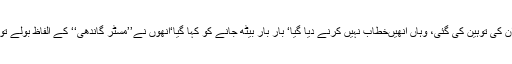
مثلاً ناگپور اجلاس میں ان کی توہین کی گئی، وہاں انھیںخطاب نہیں کرنے دیا گیا‘ بار بار بیٹھ جانے کو کہا گیا‘انھوں نے’’مسٹر گاندھی‘‘ کے الفاظ بولے تو اس پر اعتراض کیا گیا۔